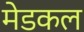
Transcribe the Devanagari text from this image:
मेडकल